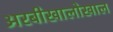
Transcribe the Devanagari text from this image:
अरबीखालोखाल